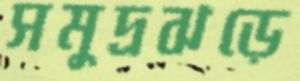
সমুদ্রঝড়ে